Note on the mental hospitals in Burma - 1925-1940
Year: 1925
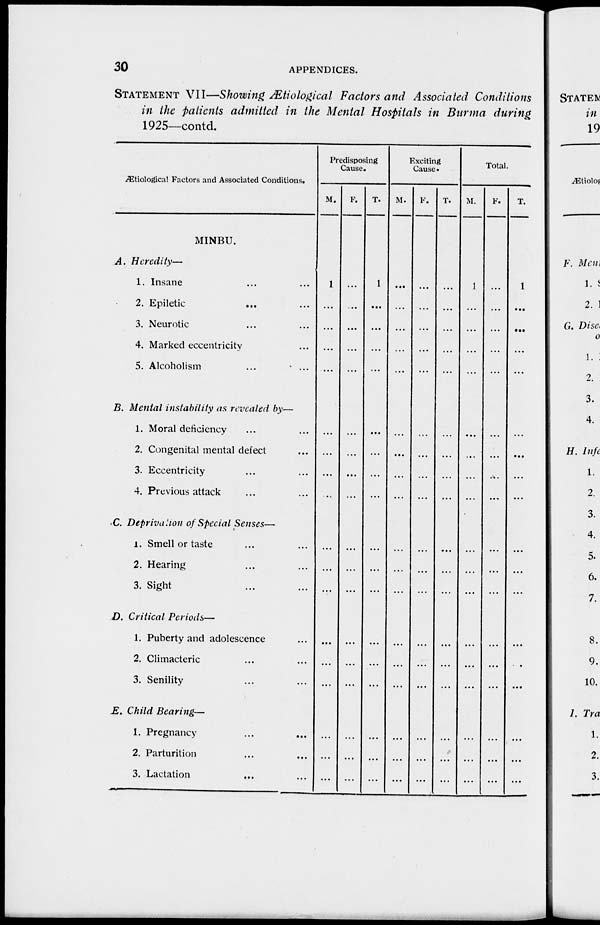
30
APPENDICES.
STATEMENT VII—Showing Ætiological Factors and Associated Conditions
in the patients admitted in the Mental Hospitals in Burma during
1925—contd.
Ætiological Factors and Associated Conditions.
MINBU.
A. Heredity—
1. Insane ... ...
2. Epiletic ... ...
3. Neurotic ... ...
4. Marked eccentricity ...
5. Alcoholism
...
...
B. Mental instability as revealed by—
1. Moral deficiency ... ...
2. Congenital mental defect ...
3. Eccentricity ... ...
4. Previous attack ... ...
C. Deprivation of Special Senses—
1. Smell or taste ... ...
2. Hearing ... ...
3. Sight ... ...
D. Critical Periods—
1. Puberty and adolescence ...
2. Climacteric ... ...
3. Senility ... ...
E. Child Bearing—
1. Pregnancy ... ...
2. Parturition ... ...
3. Lactation ... ...
Predisposing
Cause.
M.
1
...
...
...
...
...
...
...
...
...
...
...
...
...
...
...
...
...
F.
...
...
...
...
...
...
...
...
...
...
...
...
...
...
...
...
...
...
T.
1
...
...
...
...
...
...
...
...
...
...
...
...
...
...
...
...
...
Exciting
Cause.
M.
...
...
...
...
...
...
...
...
...
...
...
...
...
...
...
...
...
...
F.
...
...
...
...
...
...
...
...
...
...
...
...
...
...
...
...
...
...
T.
...
...
...
...
...
...
...
...
...
...
...
...
...
...
...
...
...
...
Total.
M.
1
...
...
...
...
...
...
...
...
...
...
...
...
...
...
...
...
...
F.
...
...
...
...
...
...
...
...
...
...
...
...
...
...
...
...
...
...
T.
1
...
...
...
...
...
...
...
...
...
...
...
...
...
...
...
...
...